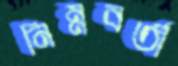
নিম্নবর্তী